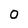
Character: O